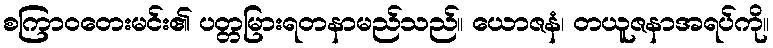
စကြာဝတေးမင်း၏ ပတ္တမြားရတနာမည်သည်။ ယောဇနံ၊ တယူဇနာအရပ်ကို။